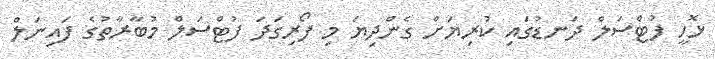
ޅޮހީ ފުޓްސަލް ދަނޑުގައި ކުރިޔަށް ގެންދިޔަ މި ފޯރިގަދަ ފުޓްސަލް މުބާރާތުގެ ފައިނަލް